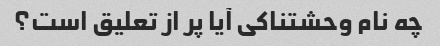
چه نام وحشتناکی آیا پر از تعلیق است؟